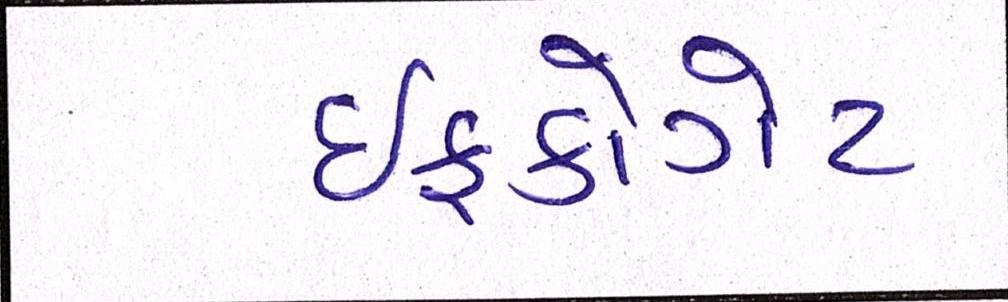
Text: ઈફકોગેટ